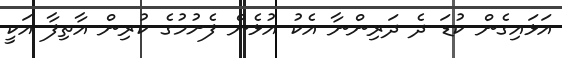
އަޅައިގެން ކުޑަ ދެ ދަރިންނާ އެކު އުޅެން ފެށުމުގެ ކުރިން އާތިފާ އަކީ